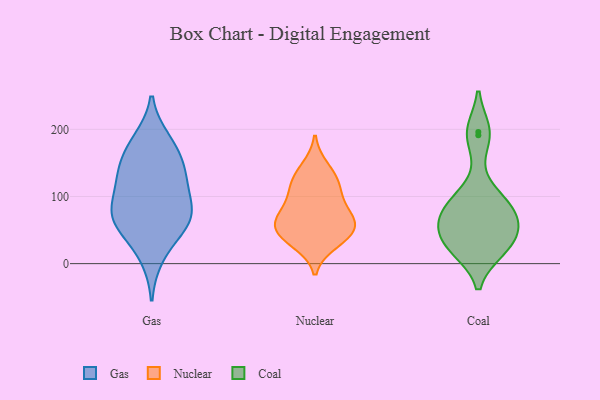
{"axis": {"x": "LTV (USD)", "y": "Value"}, "legend": ["Coal", "Gas", "Nuclear"], "data": [{"x": "", "y": 55, "type": "Gas"}, {"x": "", "y": 121, "type": "Gas"}, {"x": "", "y": 183, "type": "Gas"}, {"x": "", "y": 82, "type": "Gas"}, {"x": "", "y": 176, "type": "Gas"}, {"x": "", "y": 65, "type": "Gas"}, {"x": "", "y": 132, "type": "Gas"}, {"x": "", "y": 154, "type": "Gas"}, {"x": "", "y": 90, "type": "Gas"}, {"x": "", "y": 71, "type": "Gas"}, {"x": "", "y": 11, "type": "Gas"}, {"x": "", "y": 133, "type": "Gas"}, {"x": "", "y": 58, "type": "Gas"}, {"x": "", "y": 69, "type": "Nuclear"}, {"x": "", "y": 39, "type": "Nuclear"}, {"x": "", "y": 83, "type": "Nuclear"}, {"x": "", "y": 143, "type": "Nuclear"}, {"x": "", "y": 110, "type": "Nuclear"}, {"x": "", "y": 49, "type": "Nuclear"}, {"x": "", "y": 111, "type": "Nuclear"}, {"x": "", "y": 46, "type": "Nuclear"}, {"x": "", "y": 62, "type": "Nuclear"}, {"x": "", "y": 31, "type": "Nuclear"}, {"x": "", "y": 127, "type": "Nuclear"}, {"x": "", "y": 67, "type": "Nuclear"}, {"x": "", "y": 38, "type": "Coal"}, {"x": "", "y": 25, "type": "Coal"}, {"x": "", "y": 22, "type": "Coal"}, {"x": "", "y": 61, "type": "Coal"}, {"x": "", "y": 26, "type": "Coal"}, {"x": "", "y": 69, "type": "Coal"}, {"x": "", "y": 90, "type": "Coal"}, {"x": "", "y": 58, "type": "Coal"}, {"x": "", "y": 82, "type": "Coal"}, {"x": "", "y": 100, "type": "Coal"}, {"x": "", "y": 191, "type": "Coal"}, {"x": "", "y": 196, "type": "Coal"}]}